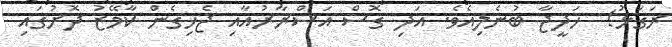
ރަގަޅު!  ހަދީޖާ ބުނެލިއެވެ. އަދި ގޮސް އަސްރާރުއާއި ޖެހިގެން ކާމޭޒު ދޮށުގައި